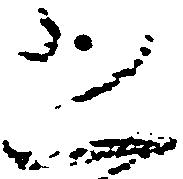
恐